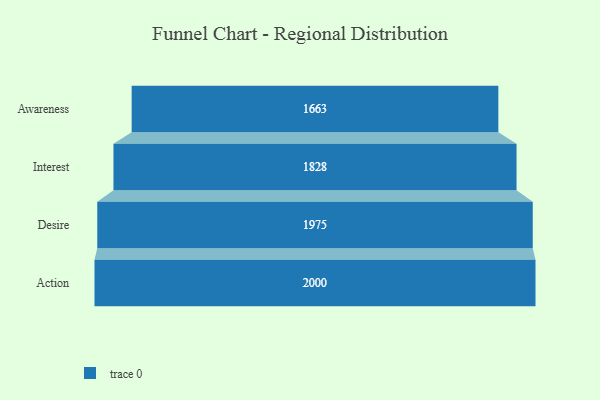
{"axis": {"x": "Stage", "y": "Value"}, "legend": [""], "data": [{"x": "Awareness", "y": 1663.0, "type": ""}, {"x": "Interest", "y": 1828.0, "type": ""}, {"x": "Desire", "y": 1975.0, "type": ""}, {"x": "Action", "y": 2000, "type": ""}]}